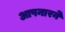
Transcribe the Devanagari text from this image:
आपनारने